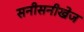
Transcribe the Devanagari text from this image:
सनीसनीखेज